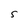
Character: 5